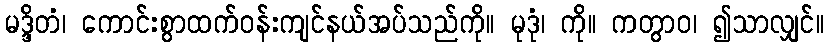
မဒ္ဒိတံ၊ ကောင်းစွာထက်ဝန်းကျင်နယ်အပ်သည်ကို။ မုဒုံ၊ ကို။ ကတွာဝ၊ ၍သာလျှင်။